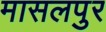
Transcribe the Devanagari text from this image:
मासलपुर